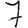
Digit: 7